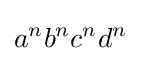
{a^{n}b^{n}c^{n}d^{n}}